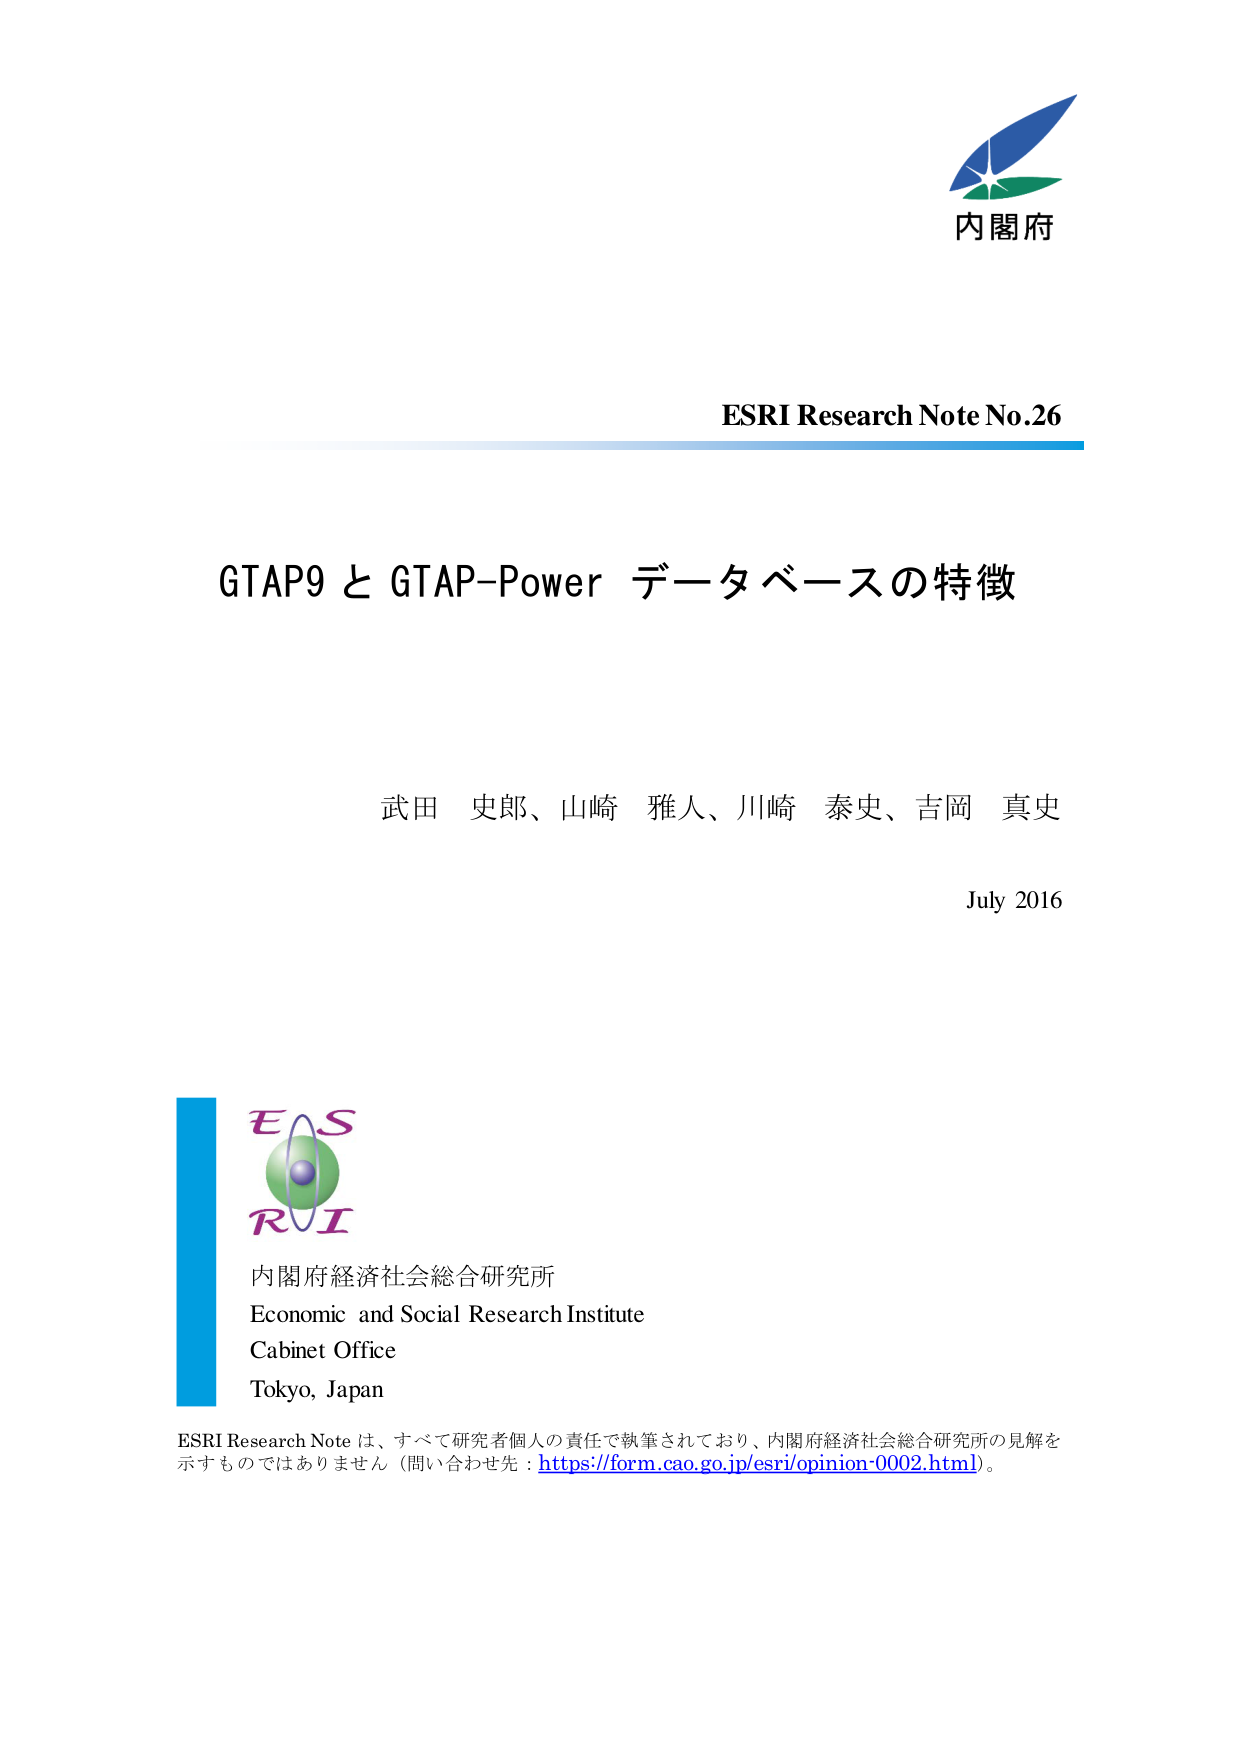
内閣府

ESRI Research Note No.26

GTAP9 と GTAP-Power データベースの特徴

武田 史郎、山崎 雅人、川崎 泰史、吉岡 真史

July 2016

ESRI
内閣府経済社会総合研究所
Economic and Social Research Institute
Cabinet Office
Tokyo, Japan

ESRI Research Note は、すべて研究者個人の責任で執筆されており、内閣府経済社会総合研究所の見解を示すものではありません（問い合わせ先：https://form.cao.go.jp/esri/opinion-0002.html）。